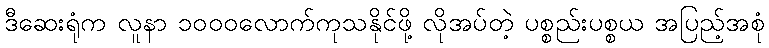
ဒီဆေးရုံက လူနာ ၁၀၀၀လောက်ကုသနိုင်ဖို့ လိုအပ်တဲ့ ပစ္စည်းပစ္စယ အပြည့်အစုံ